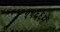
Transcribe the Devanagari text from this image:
११६६में